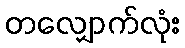
တလျှောက်လုံး